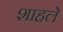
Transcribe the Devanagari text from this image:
शाहले